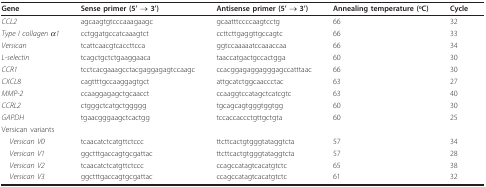
| Gene | Sense primer (5' → 3') | Antisense primer (5' → 3') | Annealing temperature (oC) | Cycle |
 | --- | --- | --- | --- | --- |
 | CCL2 | agcaagtgtcccaaagaagc | gcaatttccccaagtcctg | 66 | 32 |
 | Type I collagen α1 | cctggatgccatcaaagtct | ccttcttgaggttgccagtc | 66 | 33 |
 | Versican | tcattcaacgtcaccttcca | ggtccaaaaatccaaaccaa | 66 | 34 |
 | L-selectin | tcagctgctctgaaggaaca | taaccatgactgccactgga | 60 | 30 |
 | CCR1 | tcctcacgaaagcctacgaggagagtccaagc | ccacggagaggagggagccatttaac | 66 | 30 |
 | CXCL8 | cagttttgccaaggagtgct | attgcatctggcaaccctac | 63 | 27 |
 | MMP-2 | ccaaggagagctgcaacct | ccaaggtccatagctcatcgtc | 63 | 40 |
 | CCRL2 | ctgggctcatgctggggg | tgcagcagtgggtggtgg | 60 | 30 |
 | GAPDH | tgaacgggaagctcactgg | tccaccaccctgttgctgta | 60 | 25 |
 | Versican variants |  |  |  |  |
 | Versican V0 | tcaacatctcatgttctccc | ttcttcactgtgggtataggtcta | 57 | 34 |
 | Versican V1 | ggctttgaccagtgcgattac | ttcttcactgtgggtataggtcta | 57 | 28 |
 | Versican V2 | tcaacatctcatgttctccc | ccagccatagtcacatgtctc | 65 | 38 |
 | Versican V3 | ggctttgaccagtgcgattac | ccagccatagtcacatgtctc | 61 | 32 |